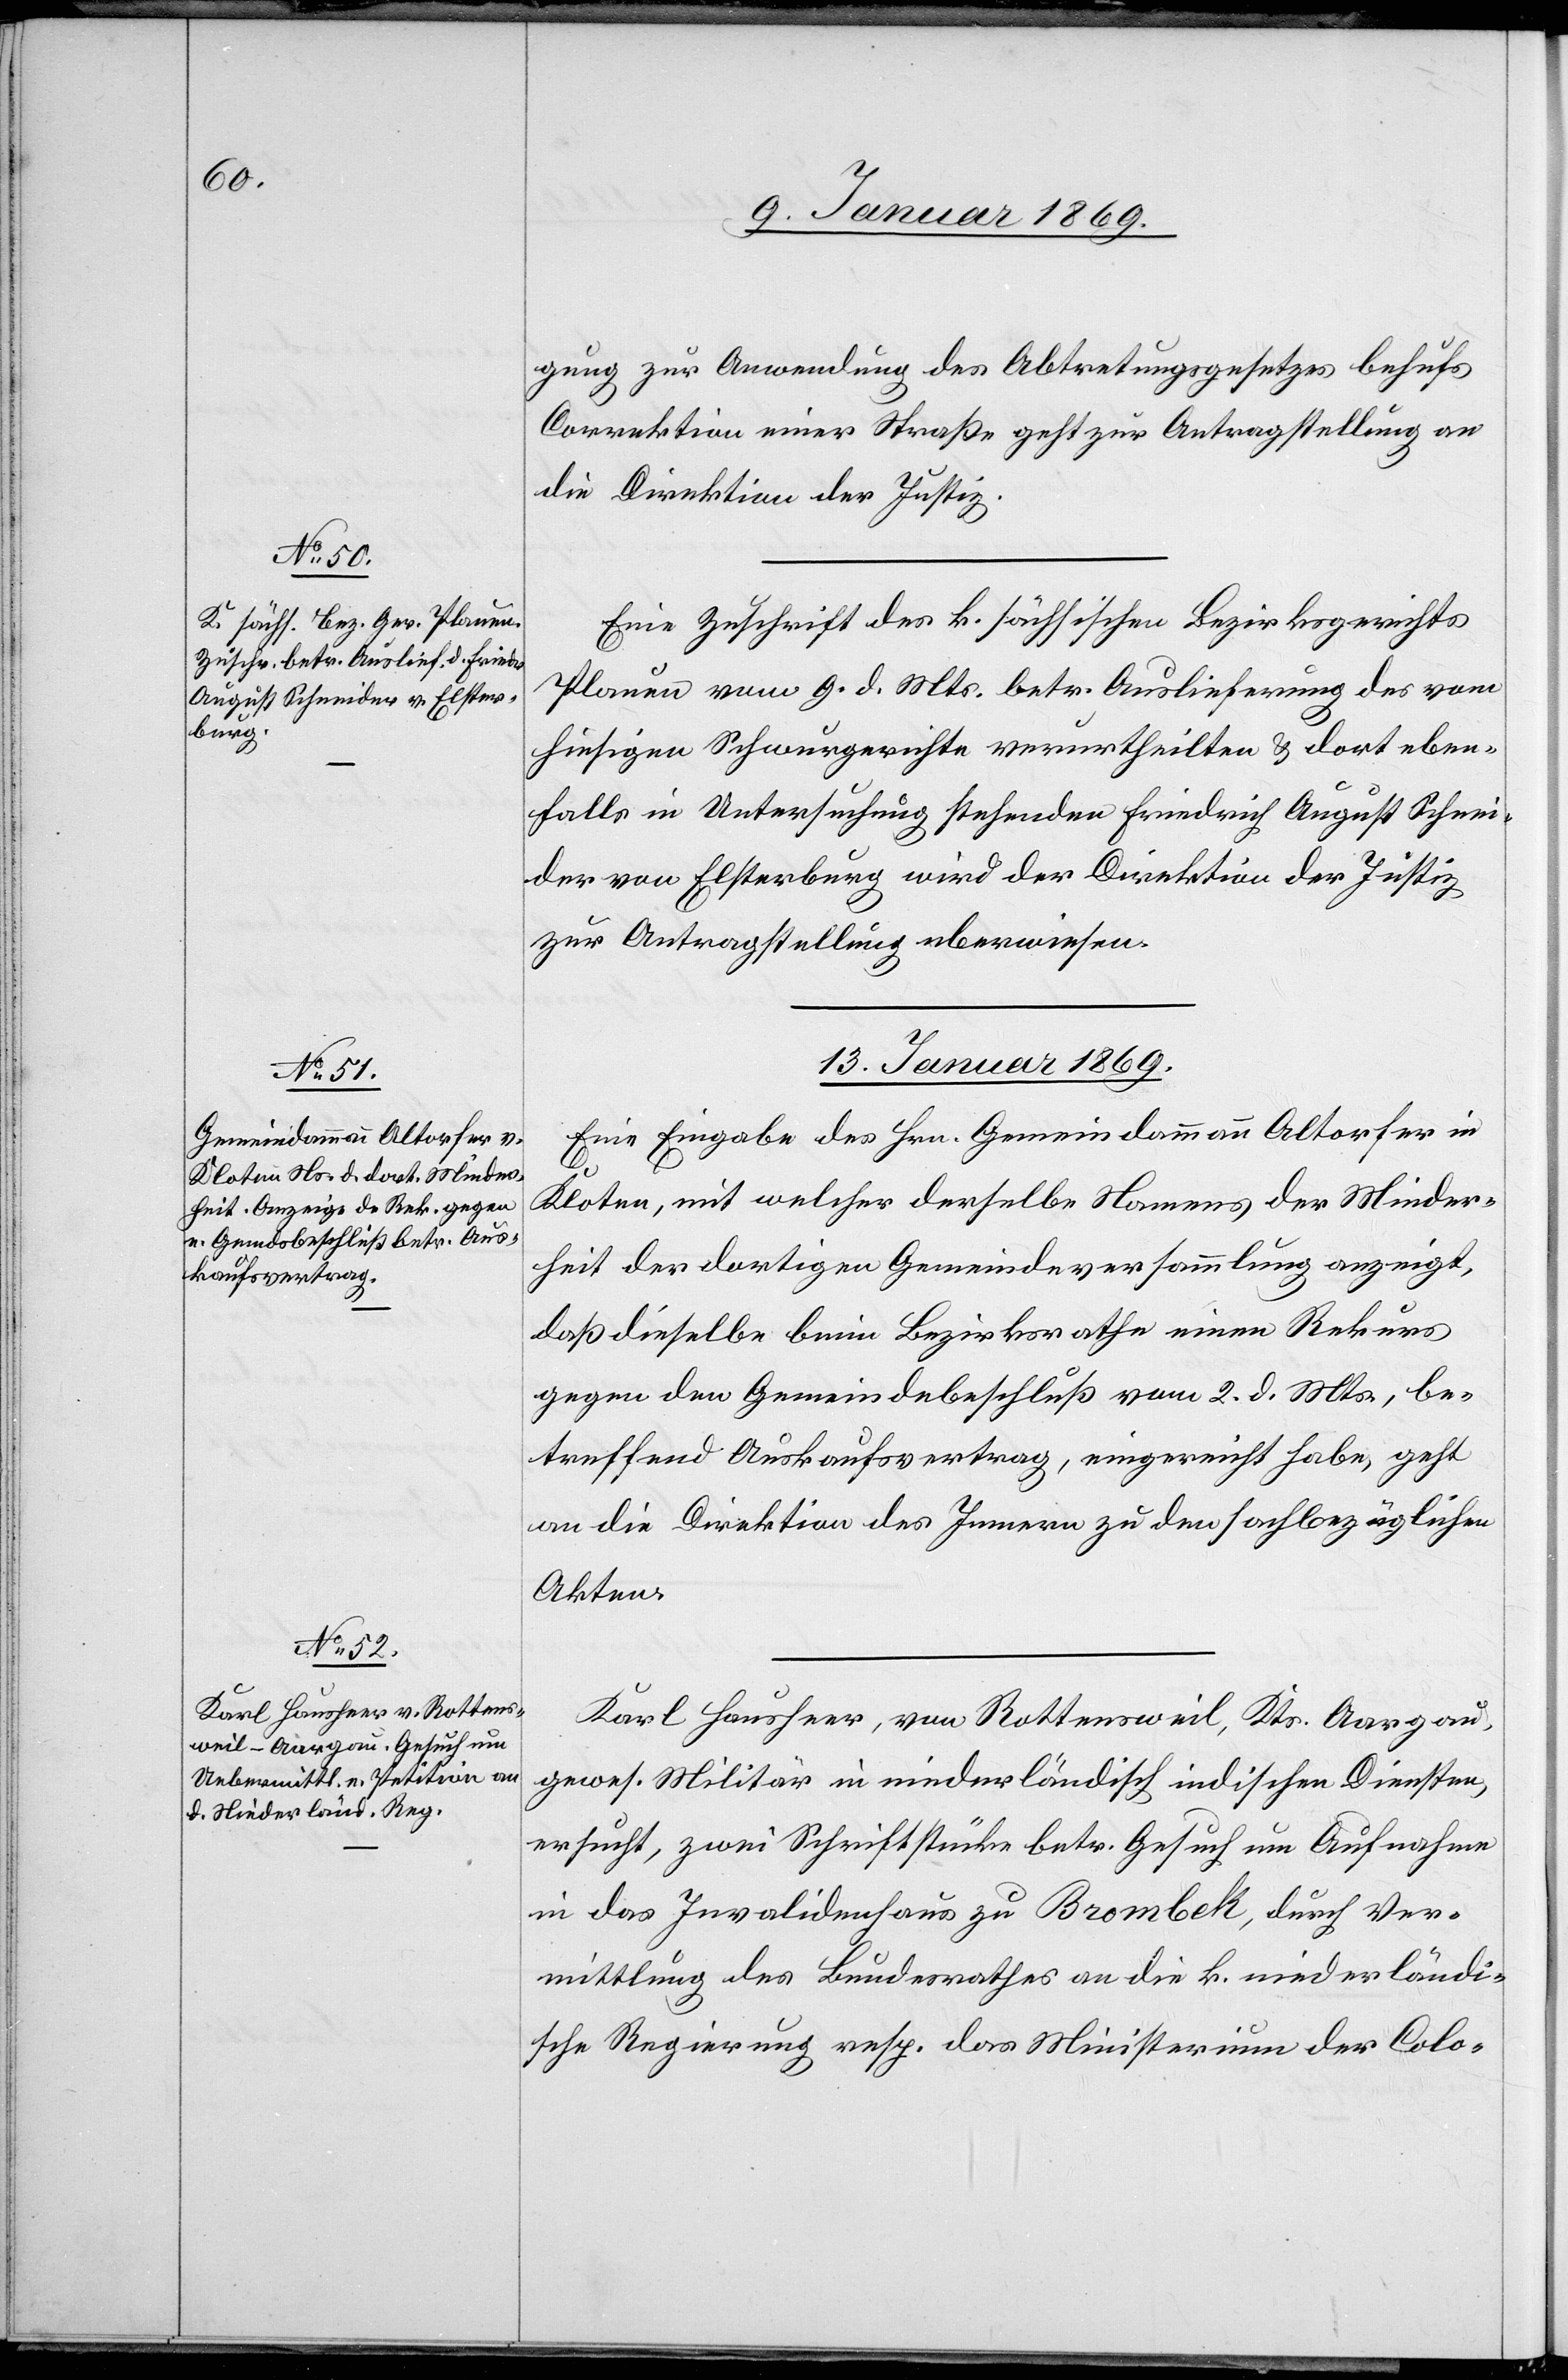
gung zur Anwendung des Abtretungsgesetzes behufs
Correktion einer Straße geht zur Antragstellung an
die Direktion der Justiz.
Eine Zuschrift des k. sächsischen Bezirksgerichts
Plauen vom 9 d. Mts. betr. Auslieferung des vom
hiesigen Schwurgerichte verurtheilten & dort eben¬
falls in Untersuchung stehenden Friedrich August Schnei¬
der von Elsterburg wird der Direktion der Justiz
zur Antragstellung u[e]berwiesen.
13. Januar 1869.]
Eine Eingabe des Hrn. Gemeindammann Altorfer in
Kloten, mit welcher derselbe Namens der Minder¬
heit der dortigen Gemeindsversammlung anzeigt,
daß dieselbe beim Bezirksrathe einen Rekurs
gegen den Gemeindebeschluß vom 2. d. Mts., be¬
treffend Auskaufsvertrag, eingereicht habe, geht
an die Direktion des Innern zu den sachbezüglichen
Akten.
Karl Hausheer, von Rottensweil, Kts. Aargau,
gewes. Militär in niederländisch indischen Diensten,
ersucht, zwei Schriftstücke betr. Gesuch um Aufnahme
in das Invalidenhaus zu Brombek, durch Ver¬
mittlung des Bundesrathes an die k. niederländi¬
sche Regierung resp. das Ministerium der Colo-